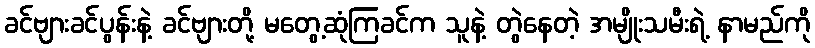
ခင်ဗျားခင်ပွန်းနဲ့ ခင်ဗျားတို့ မတွေ့ဆုံကြခင်က သူနဲ့ တွဲနေတဲ့ အမျိုးသမီးရဲ့ နာမည်ကို